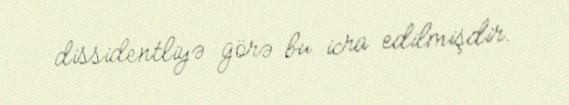
dissidentliyə görə bu icra edilmişdir.